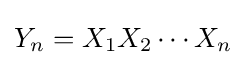
Y_{n}=X_{1}X_{2}\cdots X_{n}